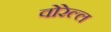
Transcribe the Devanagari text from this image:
वोरेल्ल